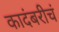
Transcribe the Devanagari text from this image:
कादंबरीचं